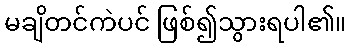
မချိတင်ကဲပင် ဖြစ်၍သွားရပါ၏။